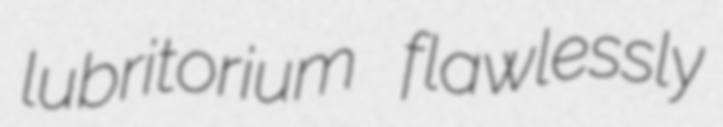
lubritorium flawlessly